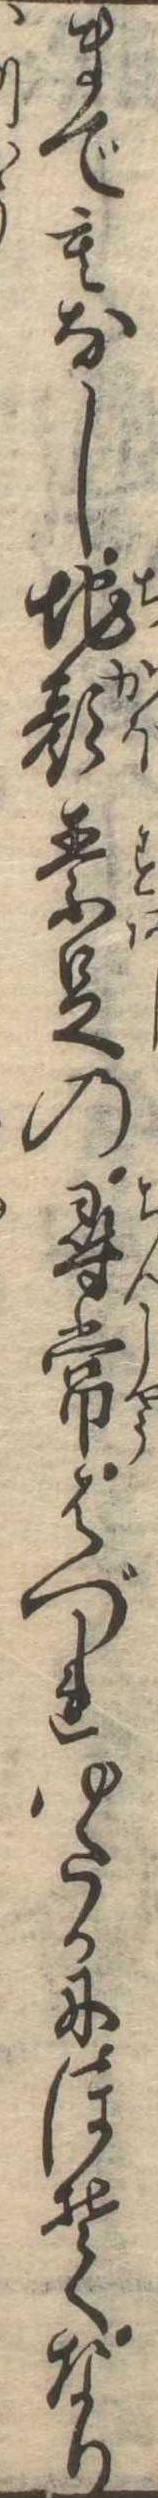
までもなし地顔素足の尋常はづれゆたかにほそくなり